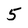
Character: 5